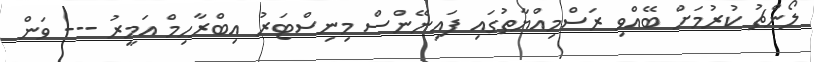
ލޯންޗު ކުރުމަށް ބޭއްވި ރަސްމިއްޔާތުގައި ފައިނޭންސް މިނިސްޓަރު އިބްރާހިމް އަމީރު --- ވަން